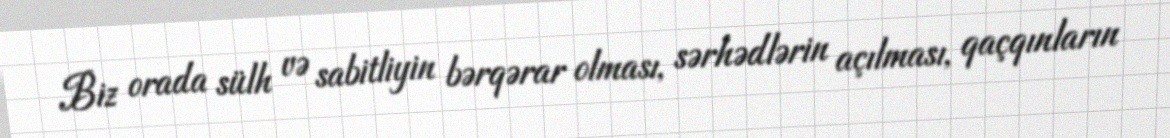
Biz orada sülh və sabitliyin bərqərar olması, sərhədlərin açılması, qaçqınların